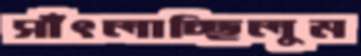
সাঁৎলাচ্ছিলুম